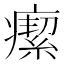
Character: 𤺚